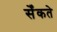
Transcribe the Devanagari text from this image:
सेँकते